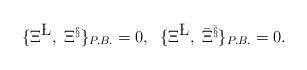
LaTeX: \begin{align*}\{ \Xi^{\L},\; \Xi^{\S} \}_{P.B.}=0, \;\; \{ \Xi^{\L}, \; {\bar\Xi}^{\bar\S}\}_{P.B.}=0.\end{align*}